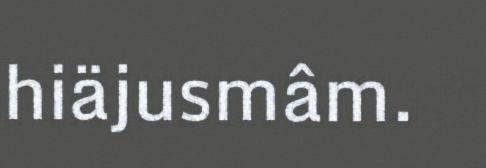
hiäjusmâm.